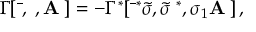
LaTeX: \Gamma [ \bar { { \bf \Psi } } , { \bf \Psi } , { \bf A ^ { \mu } } ] = - \Gamma ^ { * } [ \bar { { \bf \Psi } } ^ { * } \tilde { \sigma } , \tilde { \sigma } { \bf \Psi } ^ { * } , \sigma _ { 1 } { \bf A ^ { \mu } } ] \, ,